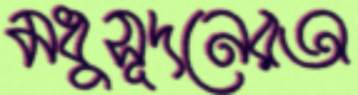
মধুসূদনেরঅ